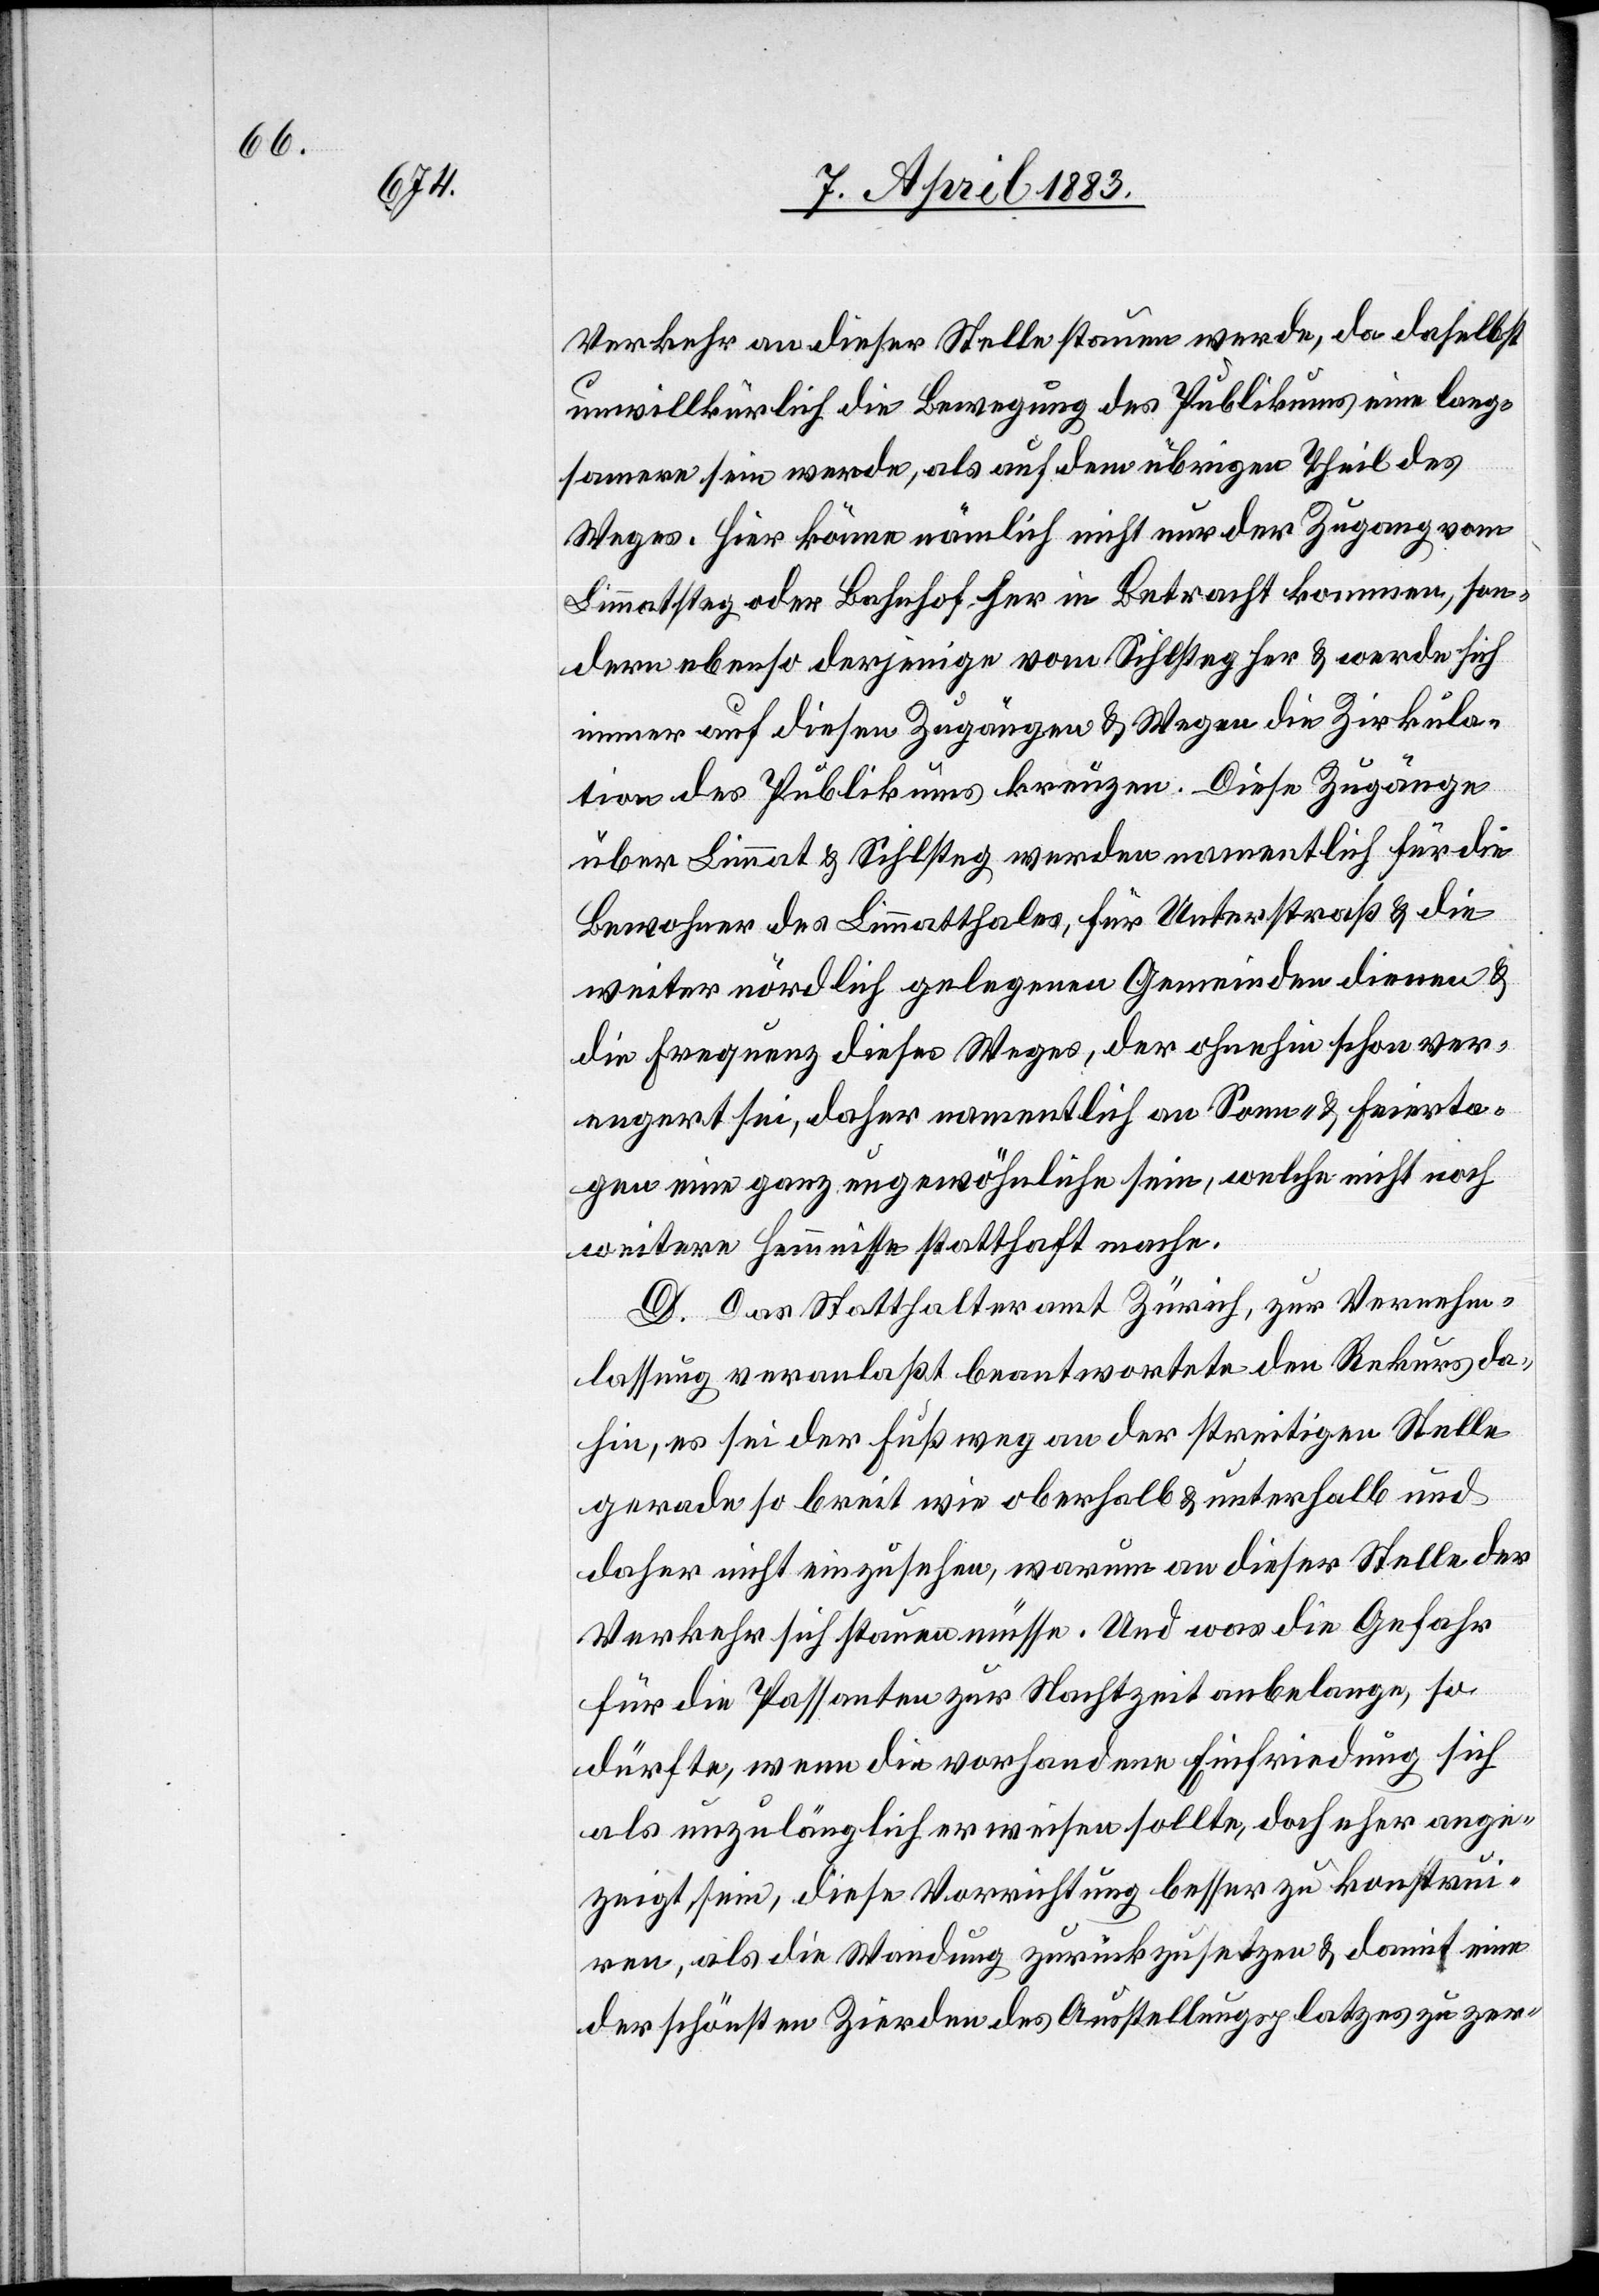
Verkehr an dieser Stelle staunen werde, da daselbst
unwillkürlich die Bewegung des Publikums eine lang¬
samere sein werde, als auf dem übrigen Theil des
Weges. Hier könne nämlich nicht nur der Zugang vom
Limmatsteg oder Bahnhof her in Betracht kommen, son¬
dern ebenso derjenige vom Sihlsteg her & werde sich
immer auf diesen Zugängen & Wegen die Zirkula¬
tion des Publikums kreuzen. Diese Zugänge
über Limmat & Sihlsteg werden namentlich für die
Bewohner des Limmatthales, für Unterstraß & die
weiter nördlich gelegenen Gemeinden dienen &
die Frequenz dieses Weges, der ohnehin schon ver¬
engert sei, daher namentlich an Sonn- & Feierta¬
gen eine ganz ungewöhnliche sein, welche nicht noch
weitere Hemmnisse statthaft mache.
D. Das Statthalteramt Zürich, zur Vernehm¬
lassung veranlaßt, beantwortete den Rekurs da¬
hin, es sei der Fußweg an der streitigen Stelle
gerade so breit wie oberhalb & unterhalb und
daher nicht einzusehen, warum an dieser Stelle der
Verkehr sich stauen müsse. Und was die Gefahr
für die Passanten zur Nachtzeit anbelange, so
dürfte, wenn die vorhandene Einfriedung sich
als unzulänglich erweisen sollte, doch eher ange¬
zeigt sein, diese Vorrichtung besser zu konstrui¬
ren, als die Wandung zurückzusetzen & damit eine
der schönsten Zierden des Ausstellungsplatzes zu zer-